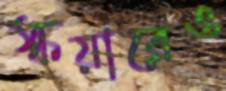
স্কয়ারেও